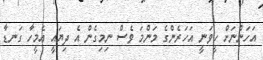
އަހަންނަށް ހީވަނީ އަހަރެންގެ މަންމަ ވެސް ނިމިގެން އެ ދިޔައީ އެމީހާ ގަނޑާ